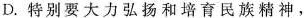
D.特别要大力弘扬和培育民族精神，